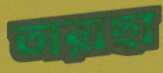
তারাছা